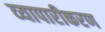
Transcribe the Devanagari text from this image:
व्‍यापारीकरण